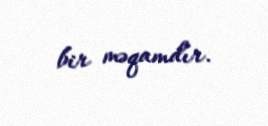
bir məqamdır.